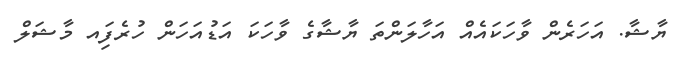
ޔާޝާ. އަހަރެން ވާހަކައެއް އަހާލަންތަ ޔާޝާގެ ވާހަކަ އަޑުއަހަން ހުރެފަިއ މާޝަލް